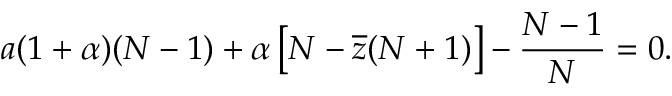
a ( 1 + \alpha ) ( N - 1 ) + \alpha \left[ N - \overline { z } ( N + 1 ) \right] - \frac { N - 1 } { N } = 0 .